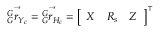
\vec { { } _ { G } ^ { G } r _ { Y _ { c } } } = \vec { { } _ { G } ^ { G } r _ { H _ { c } } } = \left[ \begin{array} { l l l } { X } & { R _ { s } } & { Z } \end{array} \right] ^ { \intercal } { }